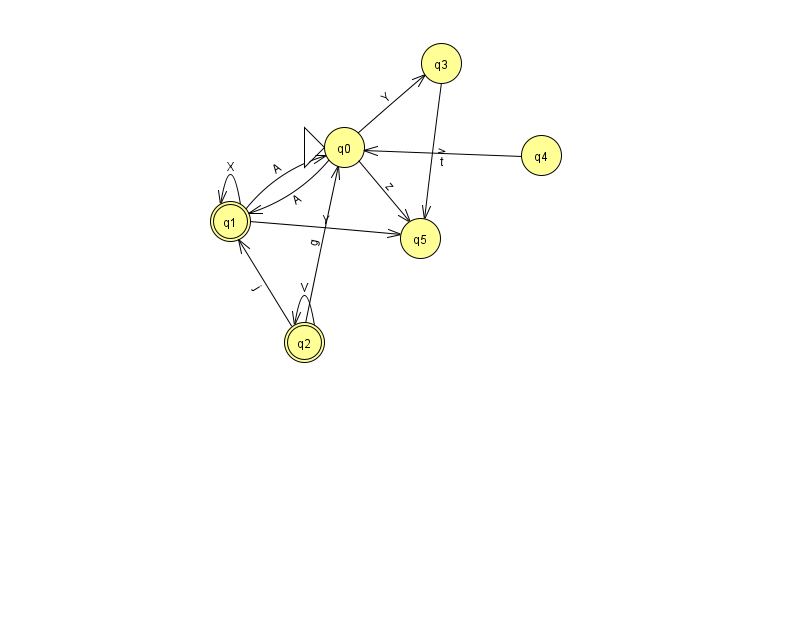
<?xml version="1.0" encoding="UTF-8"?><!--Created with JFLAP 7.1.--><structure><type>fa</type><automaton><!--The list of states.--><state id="0" name="q0"><x>344.0</x><y>134.0</y><initial/></state><state id="1" name="q1"><x>230.0</x><y>208.0</y><final/></state><state id="2" name="q2"><x>304.0</x><y>329.0</y><final/></state><state id="3" name="q3"><x>441.0</x><y>50.0</y></state><state id="4" name="q4"><x>541.0</x><y>142.0</y></state><state id="5" name="q5"><x>420.0</x><y>225.0</y></state><!--The list of transitions.--><transition><from>0</from><to>5</to><read>z</read></transition><transition><from>2</from><to>0</to><read>g</read></transition><transition><from>4</from><to>0</to><read>t</read></transition><transition><from>2</from><to>1</to><read>j</read></transition><transition><from>2</from><to>2</to><read>V</read></transition><transition><from>1</from><to>1</to><read>X</read></transition><transition><from>1</from><to>5</to><read>Y</read></transition><transition><from>0</from><to>3</to><read>Y</read></transition><transition><from>3</from><to>5</to><read>v</read></transition><transition><from>0</from><to>1</to><read>A</read></transition><transition><from>1</from><to>0</to><read>A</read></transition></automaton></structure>